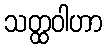
သတ္ထဝါဟာ